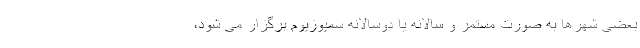
بعضی شهرها به صورت مستمر و سالانه یا دوسالانه سمپوزیوم برگزار می شود،